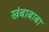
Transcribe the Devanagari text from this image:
खंबाबाबा